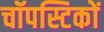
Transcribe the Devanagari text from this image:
चॉपस्टिकों